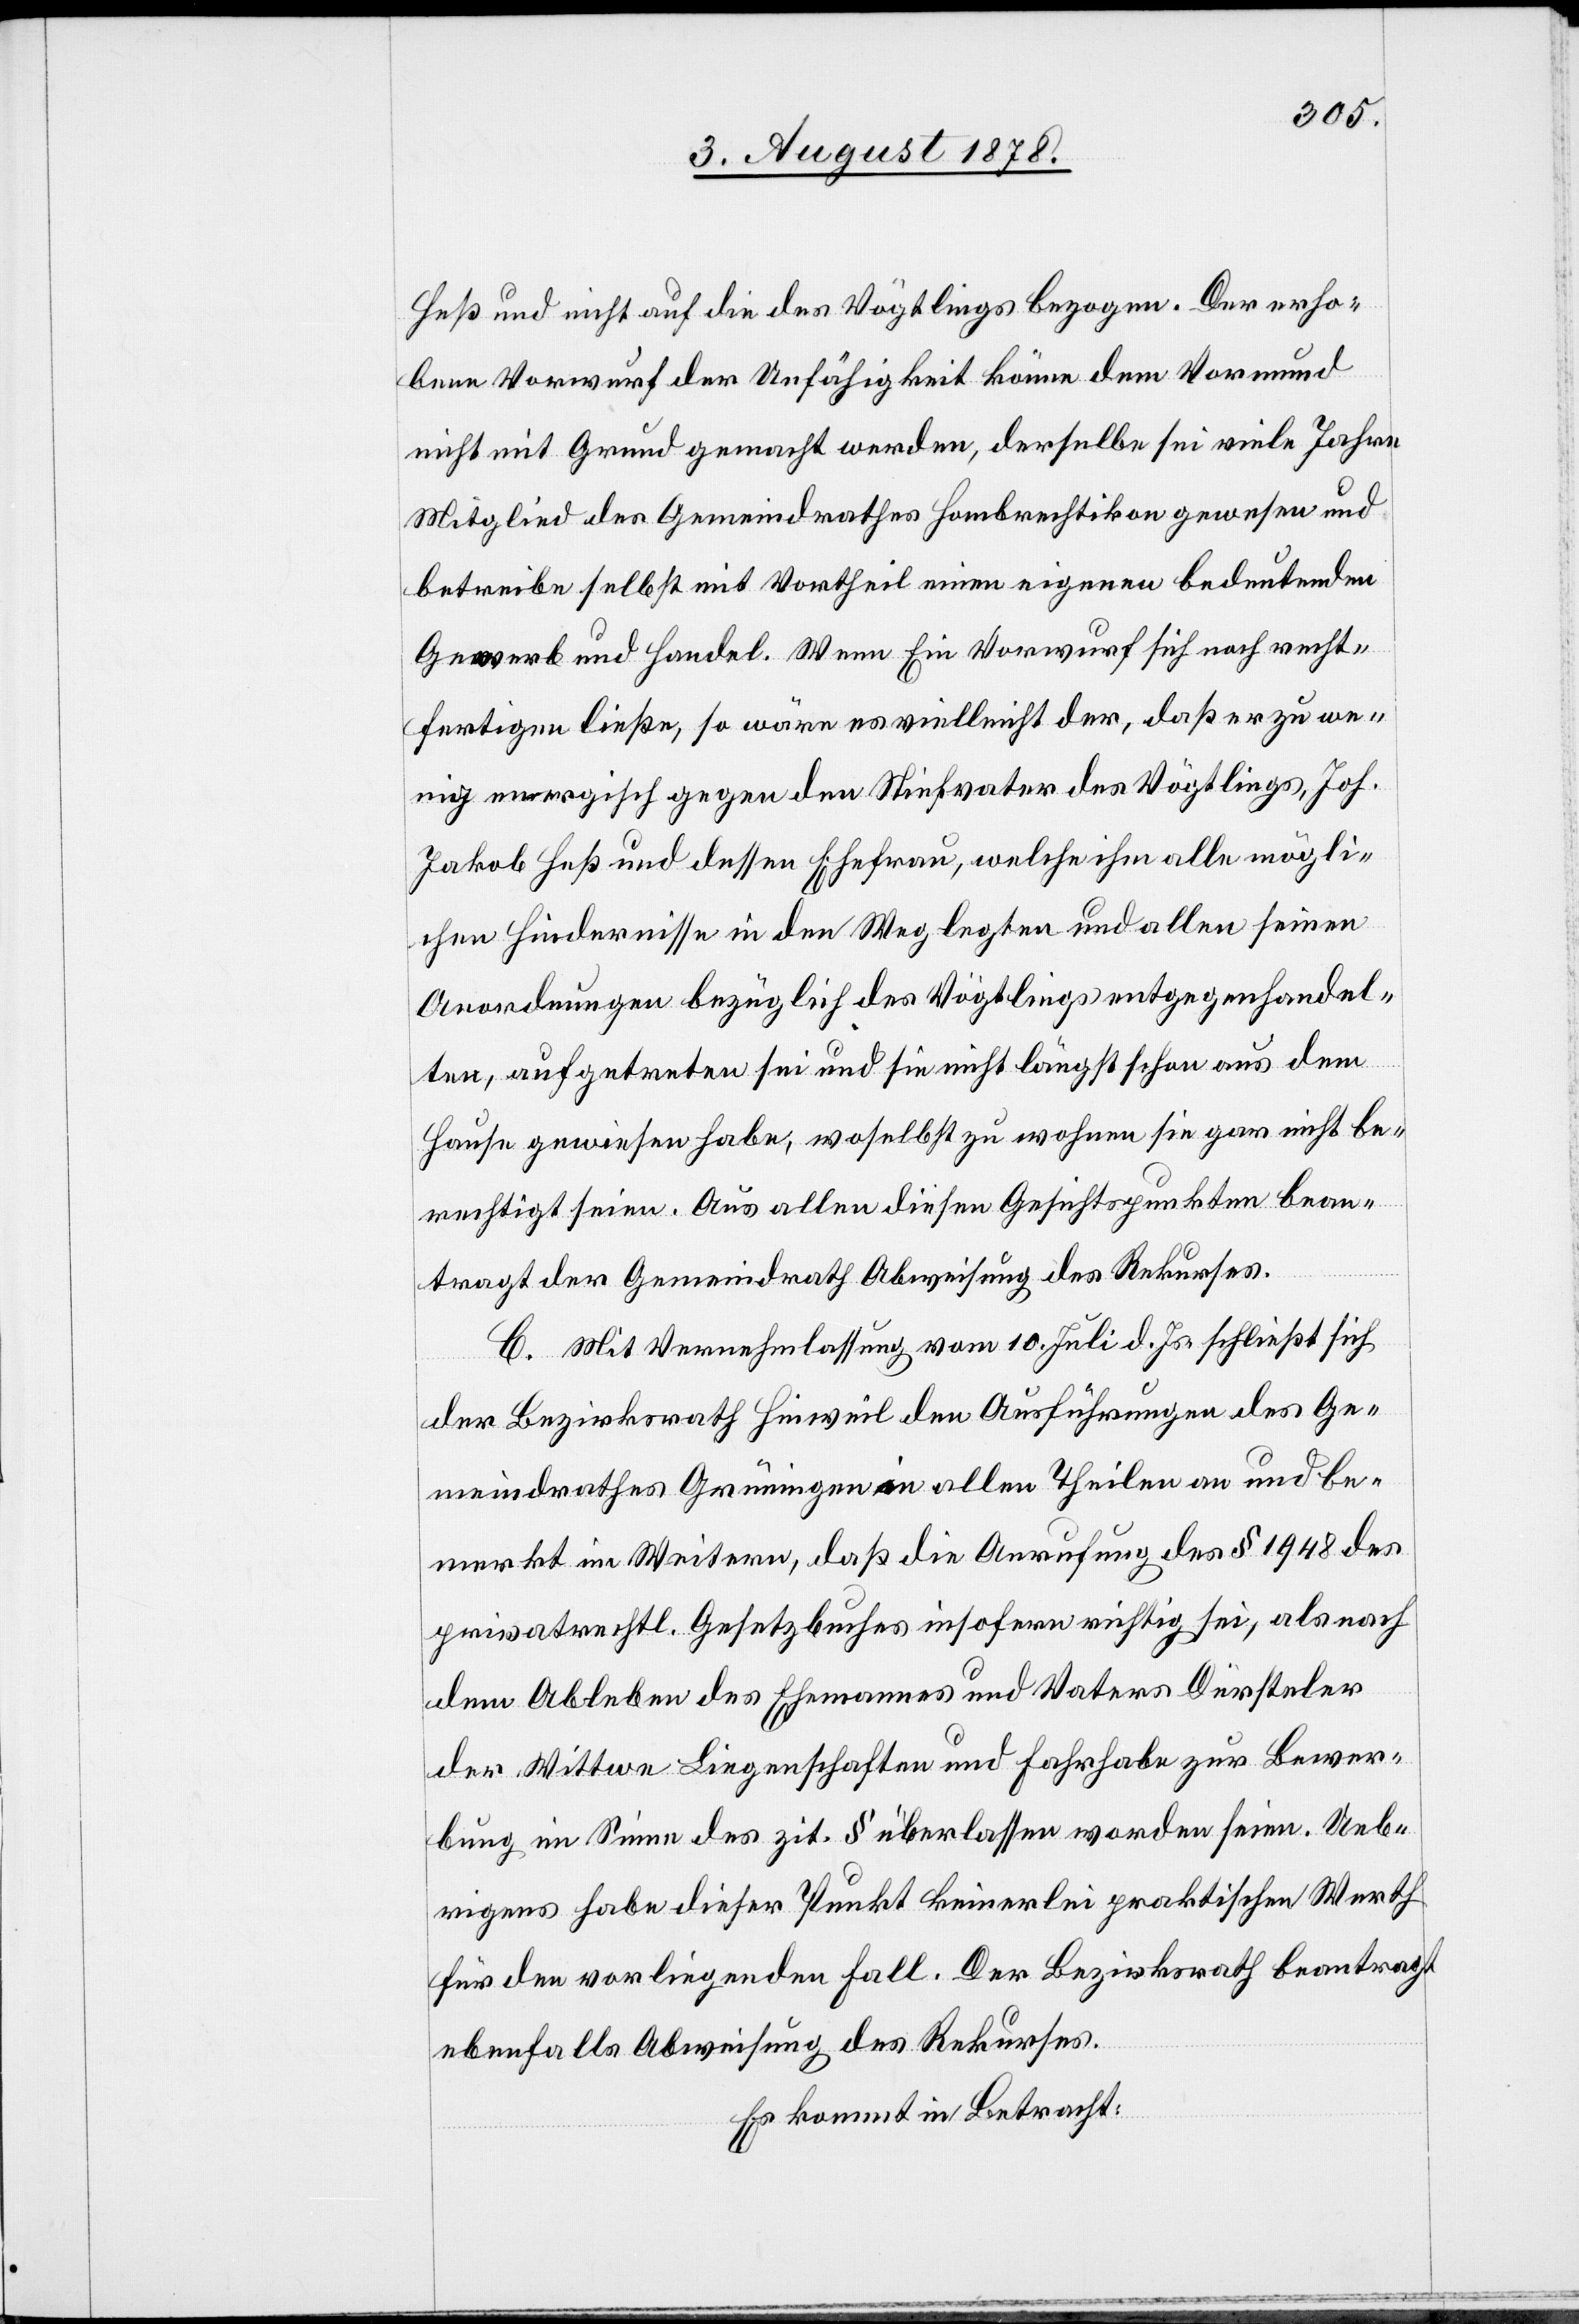
Heß und nicht auf die des Vögtlings bezogen. Der erho¬
bene Vorwurf der Unfähigkeit könne dem Vormund
nicht mit Grund gemacht werden, derselbe sei viele Jahre
Mitglied des Gemeindrathes Hombrechtikon gewesen und
betreibe selbst mit Vortheil einen eigenen bedeutenden
Gewerk und Handel. Wenn ein Vorwurf sich recht¬
fertigen ließe, so wäre es vielleicht der, daß er zu we¬
nig energisch gegen den Stiefvater des Vögtlings, Joh.
Jakob Heß und dessen Ehefrau, welche ihm alle mögli¬
chen Hindernisse in den Weg legten und allen seien
Anordnungen bezüglich des Vögtlings entgegenhandel¬
ten, aufgetreten sei und sie nicht längst schon aus dem
Hause gewiesen habe, woselbst zu wohnen sie gar nicht be¬
rechtigt seien. Aus allen diesen Gesichtspunkten bean¬
tragt der Gemeindrath Abweisung des Rekurses.
C. Mit Vernehmlassung vom 10. Juli d. Js. schließt sich
der Bezirksrath Hinweil den Ausführungen des Ge¬
meindrathes Grüningen in allen Theilen an und be¬
merkt im Weitern, daß die Anrufung des § 1948 des
privatrechtl. Gesetzbuches insofern richtig sei, als nach
dem Ableben des Ehemannes und Vaters Dürsteler
der Wittwe Liegenschaften und Fahrhabe zur Bewer¬
bung im Sinne des zit. § überlassen worden seien. Ueb¬
rigens habe dieser Punkt keinerlei praktischen Werth
für den vorliegenden Fall. Der Bezirksrath beantragt
ebenfalls Abweisung des Rekurses.
Es kommt in Betracht: